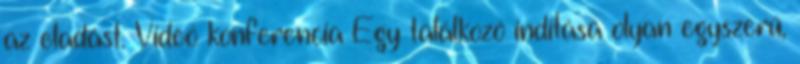
az eladást. Videó konferencia Egy találkozó indítása olyan egyszerű,